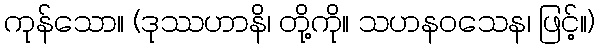
ကုန်သော။ (ဒုဿဟာနိ၊ တို့ကို။ သဟနဝသေန၊ ဖြင့်။)